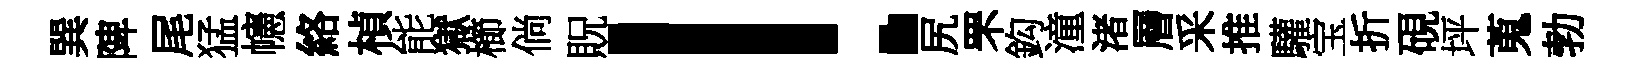
巽陴尾猛幰絡楨能獄櫛倘貺！尻罘鈎潼渚層采推驩宝折硯坪蒐勃